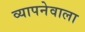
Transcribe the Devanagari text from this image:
व्यापनेवाला